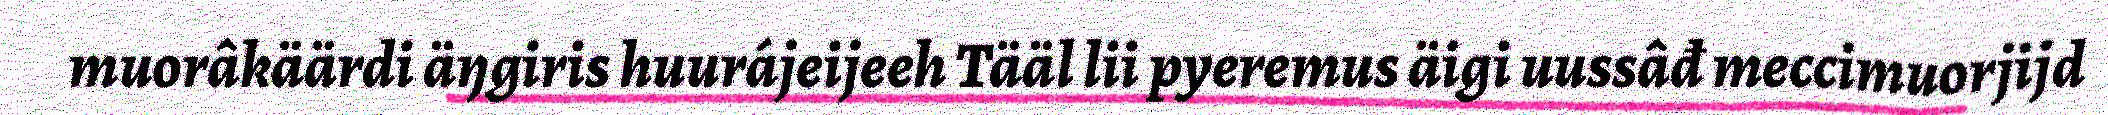
muorâkäärdi äŋgiris huurájeijeeh Tääl lii pyeremus äigi uussâđ meccimuorjijd